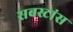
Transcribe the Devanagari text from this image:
सबस्टांस